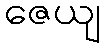
ဇေယျ